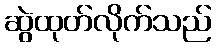
ဆွဲထုတ်လိုက်သည်